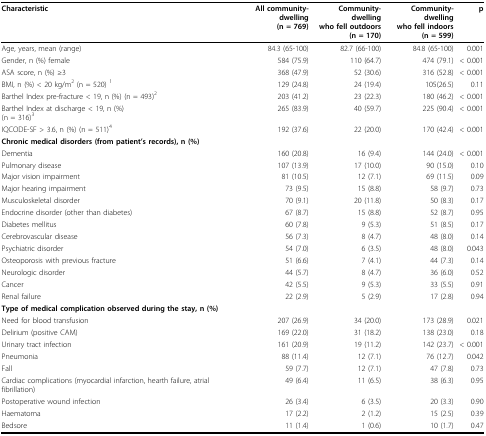
<table><thead><tr><td><b>Characteristic</b></td><td><b>All community-dwelling(n = 769)</b></td><td><b>Community-dwelling who fell outdoors(n = 170)</b></td><td><b>Community-dwelling who fell indoors(n = 599)</b></td><td colspan="2"><b>p</b></td></tr></thead><tbody><tr><td>Age, years, mean (range)</td><td>84.3 (65-100)</td><td>82.7 (66-100)</td><td>84.8 (65-100)</td><td colspan="2">0.001</td></tr><tr><td>Gender, n (%) female</td><td>584 (75.9)</td><td>110 (64.7)</td><td>474 (79.1)</td><td colspan="2">&lt; 0.001</td></tr><tr><td>ASA score, n (%) ≥3</td><td>368 (47.9)</td><td>52 (30.6)</td><td>316 (52.8)</td><td colspan="2">&lt; 0.001</td></tr><tr><td>BMI, n (%) &lt; 20 kg/m<sup>2 </sup>(n = 520) <sup>1</sup></td><td>129 (24.8)</td><td>24 (19.4)</td><td>105(26.5)</td><td colspan="2">0.11</td></tr><tr><td>Barthel Index pre-fracture &lt; 19, n (%) (n = 493)<sup>2</sup></td><td>203 (41.2)</td><td>23 (22.3)</td><td>180 (46.2)</td><td colspan="2">&lt; 0.001</td></tr><tr><td>Barthel Index at discharge &lt; 19, n (%)(n = 316)<sup>3</sup></td><td>265 (83.9)</td><td>40 (59.7)</td><td>225 (90.4)</td><td colspan="2">&lt; 0.001</td></tr><tr><td>IQCODE-SF &gt; 3.6, n (%) (n = 511)<sup>4</sup></td><td>192 (37.6)</td><td>22 (20.0)</td><td>170 (42.4)</td><td colspan="2">&lt; 0.001</td></tr><tr><td colspan="6"><b>Chronic medical disorders (from patient&#x27;s records), n (%)</b></td></tr><tr><td>Dementia</td><td>160 (20.8)</td><td>16 (9.4)</td><td>144 (24.0)</td><td colspan="2">&lt; 0.001</td></tr><tr><td>Pulmonary disease</td><td>107 (13.9)</td><td>17 (10.0)</td><td>90 (15.0)</td><td colspan="2">0.10</td></tr><tr><td>Major vision impairment</td><td>81 (10.5)</td><td>12 (7.1)</td><td>69 (11.5)</td><td colspan="2">0.09</td></tr><tr><td>Major hearing impairment</td><td>73 (9.5)</td><td>15 (8.8)</td><td>58 (9.7)</td><td colspan="2">0.73</td></tr><tr><td>Musculoskeletal disorder</td><td>70 (9.1)</td><td>20 (11.8)</td><td>50 (8.3)</td><td colspan="2">0.17</td></tr><tr><td>Endocrine disorder (other than diabetes)</td><td>67 (8.7)</td><td>15 (8.8)</td><td>52 (8.7)</td><td colspan="2">0.95</td></tr><tr><td>Diabetes mellitus</td><td>60 (7.8)</td><td>9 (5.3)</td><td>51 (8.5)</td><td colspan="2">0.17</td></tr><tr><td>Cerebrovascular disease</td><td>56 (7.3)</td><td>8 (4.7)</td><td>48 (8.0)</td><td colspan="2">0.14</td></tr><tr><td>Psychiatric disorder</td><td>54 (7.0)</td><td>6 (3.5)</td><td>48 (8.0)</td><td colspan="2">0.043</td></tr><tr><td>Osteoporosis with previous fracture</td><td>51 (6.6)</td><td>7 (4.1)</td><td>44 (7.3)</td><td colspan="2">0.14</td></tr><tr><td>Neurologic disorder</td><td>44 (5.7)</td><td>8 (4.7)</td><td>36 (6.0)</td><td colspan="2">0.52</td></tr><tr><td>Cancer</td><td>42 (5.5)</td><td>9 (5.3)</td><td>33 (5.5)</td><td colspan="2">0.91</td></tr><tr><td>Renal failure</td><td>22 (2.9)</td><td>5 (2.9)</td><td>17 (2.8)</td><td colspan="2">0.94</td></tr><tr><td colspan="6"><b>Type of medical complication observed during the stay, n (%)</b></td></tr><tr><td>Need for blood transfusion</td><td>207 (26.9)</td><td>34 (20.0)</td><td>173 (28.9)</td><td colspan="2">0.021</td></tr><tr><td>Delirium (positive CAM)</td><td>169 (22.0)</td><td>31 (18.2)</td><td>138 (23.0)</td><td colspan="2">0.18</td></tr><tr><td>Urinary tract infection</td><td>161 (20.9)</td><td>19 (11.2)</td><td>142 (23.7)</td><td colspan="2">&lt; 0.001</td></tr><tr><td>Pneumonia</td><td>88 (11.4)</td><td>12 (7.1)</td><td>76 (12.7)</td><td colspan="2">0.042</td></tr><tr><td>Fall</td><td>59 (7.7)</td><td>12 (7.1)</td><td>47 (7.8)</td><td colspan="2">0.73</td></tr><tr><td>Cardiac complications (myocardial infarction, hearth failure, atrial fibrillation)</td><td>49 (6.4)</td><td>11 (6.5)</td><td>38 (6.3)</td><td colspan="2">0.95</td></tr><tr><td>Postoperative wound infection</td><td>26 (3.4)</td><td>6 (3.5)</td><td>20 (3.3)</td><td colspan="2">0.90</td></tr><tr><td>Haematoma</td><td>17 (2.2)</td><td>2 (1.2)</td><td>15 (2.5)</td><td colspan="2">0.39</td></tr><tr><td>Bedsore</td><td>11 (1.4)</td><td>1 (0.6)</td><td>10 (1.7)</td><td colspan="2">0.47</td></tr></tbody></table>